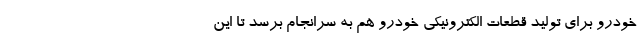
خودرو برای تولید قطعات الکترونیکی خودرو هم به سرانجام برسد تا این